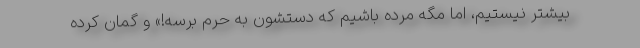
بیشتر نیستیم، اما مگه مرده باشیم که دستشون به حرم برسه!» و گمان کرده